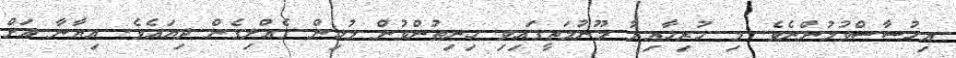
އިހުސާސްވުމުންނެވެ. މި ހުރިހާއިރު މޫނުމަތީގައިވި ހިނިތުންވުން މުޅިން ގެއްލިގެން ދިޔައެވެ. އިޔާނާ އަށް